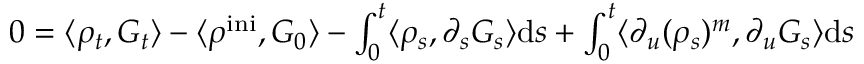
\begin{array} { r } { 0 = \langle \rho _ { t } , G _ { t } \rangle - \langle \rho ^ { \mathrm { i n i } } , G _ { 0 } \rangle - \int _ { 0 } ^ { t } \langle \rho _ { s } , \partial _ { s } G _ { s } \rangle \mathrm { d } s + \int _ { 0 } ^ { t } \langle \partial _ { u } ( \rho _ { s } ) ^ { m } , \partial _ { u } G _ { s } \rangle \mathrm { d } s } \end{array}